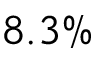
8 . 3 \%